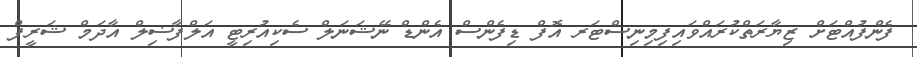
ފެންފުއްޓަށް ޒިޔާރަތްކުރައްވައިފިމިނިސްޓަރ އޮފް ޑިފެންސް އެންޑް ނޭޝަނަލް ސެކިއުރިޓީ އަލްފާޟިލް އާދަމް ޝަރީފް